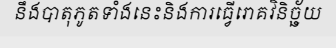
នឹងបាតុភូតទាំងនេះនិងការធ្វើរោគវិនិច្ឆ័យ